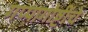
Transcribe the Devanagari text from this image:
गप्पागोष्टींचे